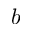
b